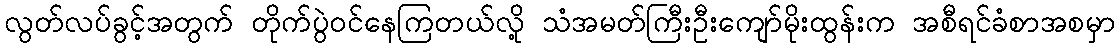
လွတ်လပ်ခွင့်အတွက် တိုက်ပွဲဝင်နေကြတယ်လို့ သံအမတ်ကြီးဦးကျော်မိုးထွန်းက အစီရင်ခံစာအစမှာ